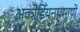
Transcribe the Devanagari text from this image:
अकोर्डियनप्रमाणे